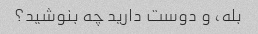
بله، و دوست دارید چه بنوشید؟